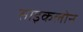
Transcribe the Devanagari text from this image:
साइकलोन